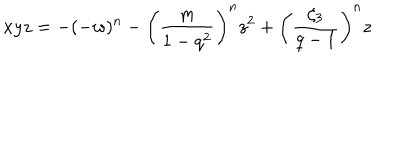
LaTeX: x y z = - ( - w ) ^ { n } - \left( \frac { m } { 1 - q ^ { 2 } } \right) ^ { n } z ^ { 2 } + \left( \frac { \zeta _ { 3 } } { q - 1 } \right) ^ { n } z